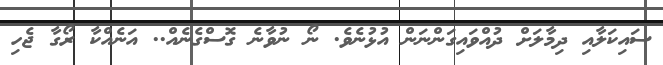
ސައިކަލާއި ދިމާލަށް ދުއްވައިގަންނަން އުޅުނެވެ. ނޯ ނުވާނެ ގޮސްގެނެއް.. އަނެއްކާ ރޯގާ ޖެހި